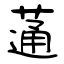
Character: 蓪